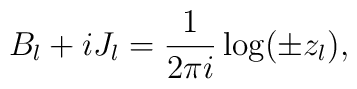
B_l + iJ_l = \frac1{2\pi i}\log(\pm z_l),